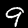
Label: 9